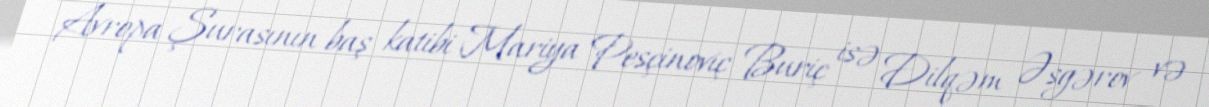
Avropa Şurasının baş katibi Mariya Pesçinoviç Buriç isə Dilqəm Əsgərov və